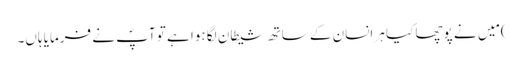
) مَیں نے پوچھا کیا ہر انسان کے ساتھ شیطان لگا ہوا ہے تو آپؐ نے فرمایا ہاں۔